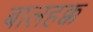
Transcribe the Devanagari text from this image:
बालहक्क